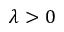
\lambda > 0